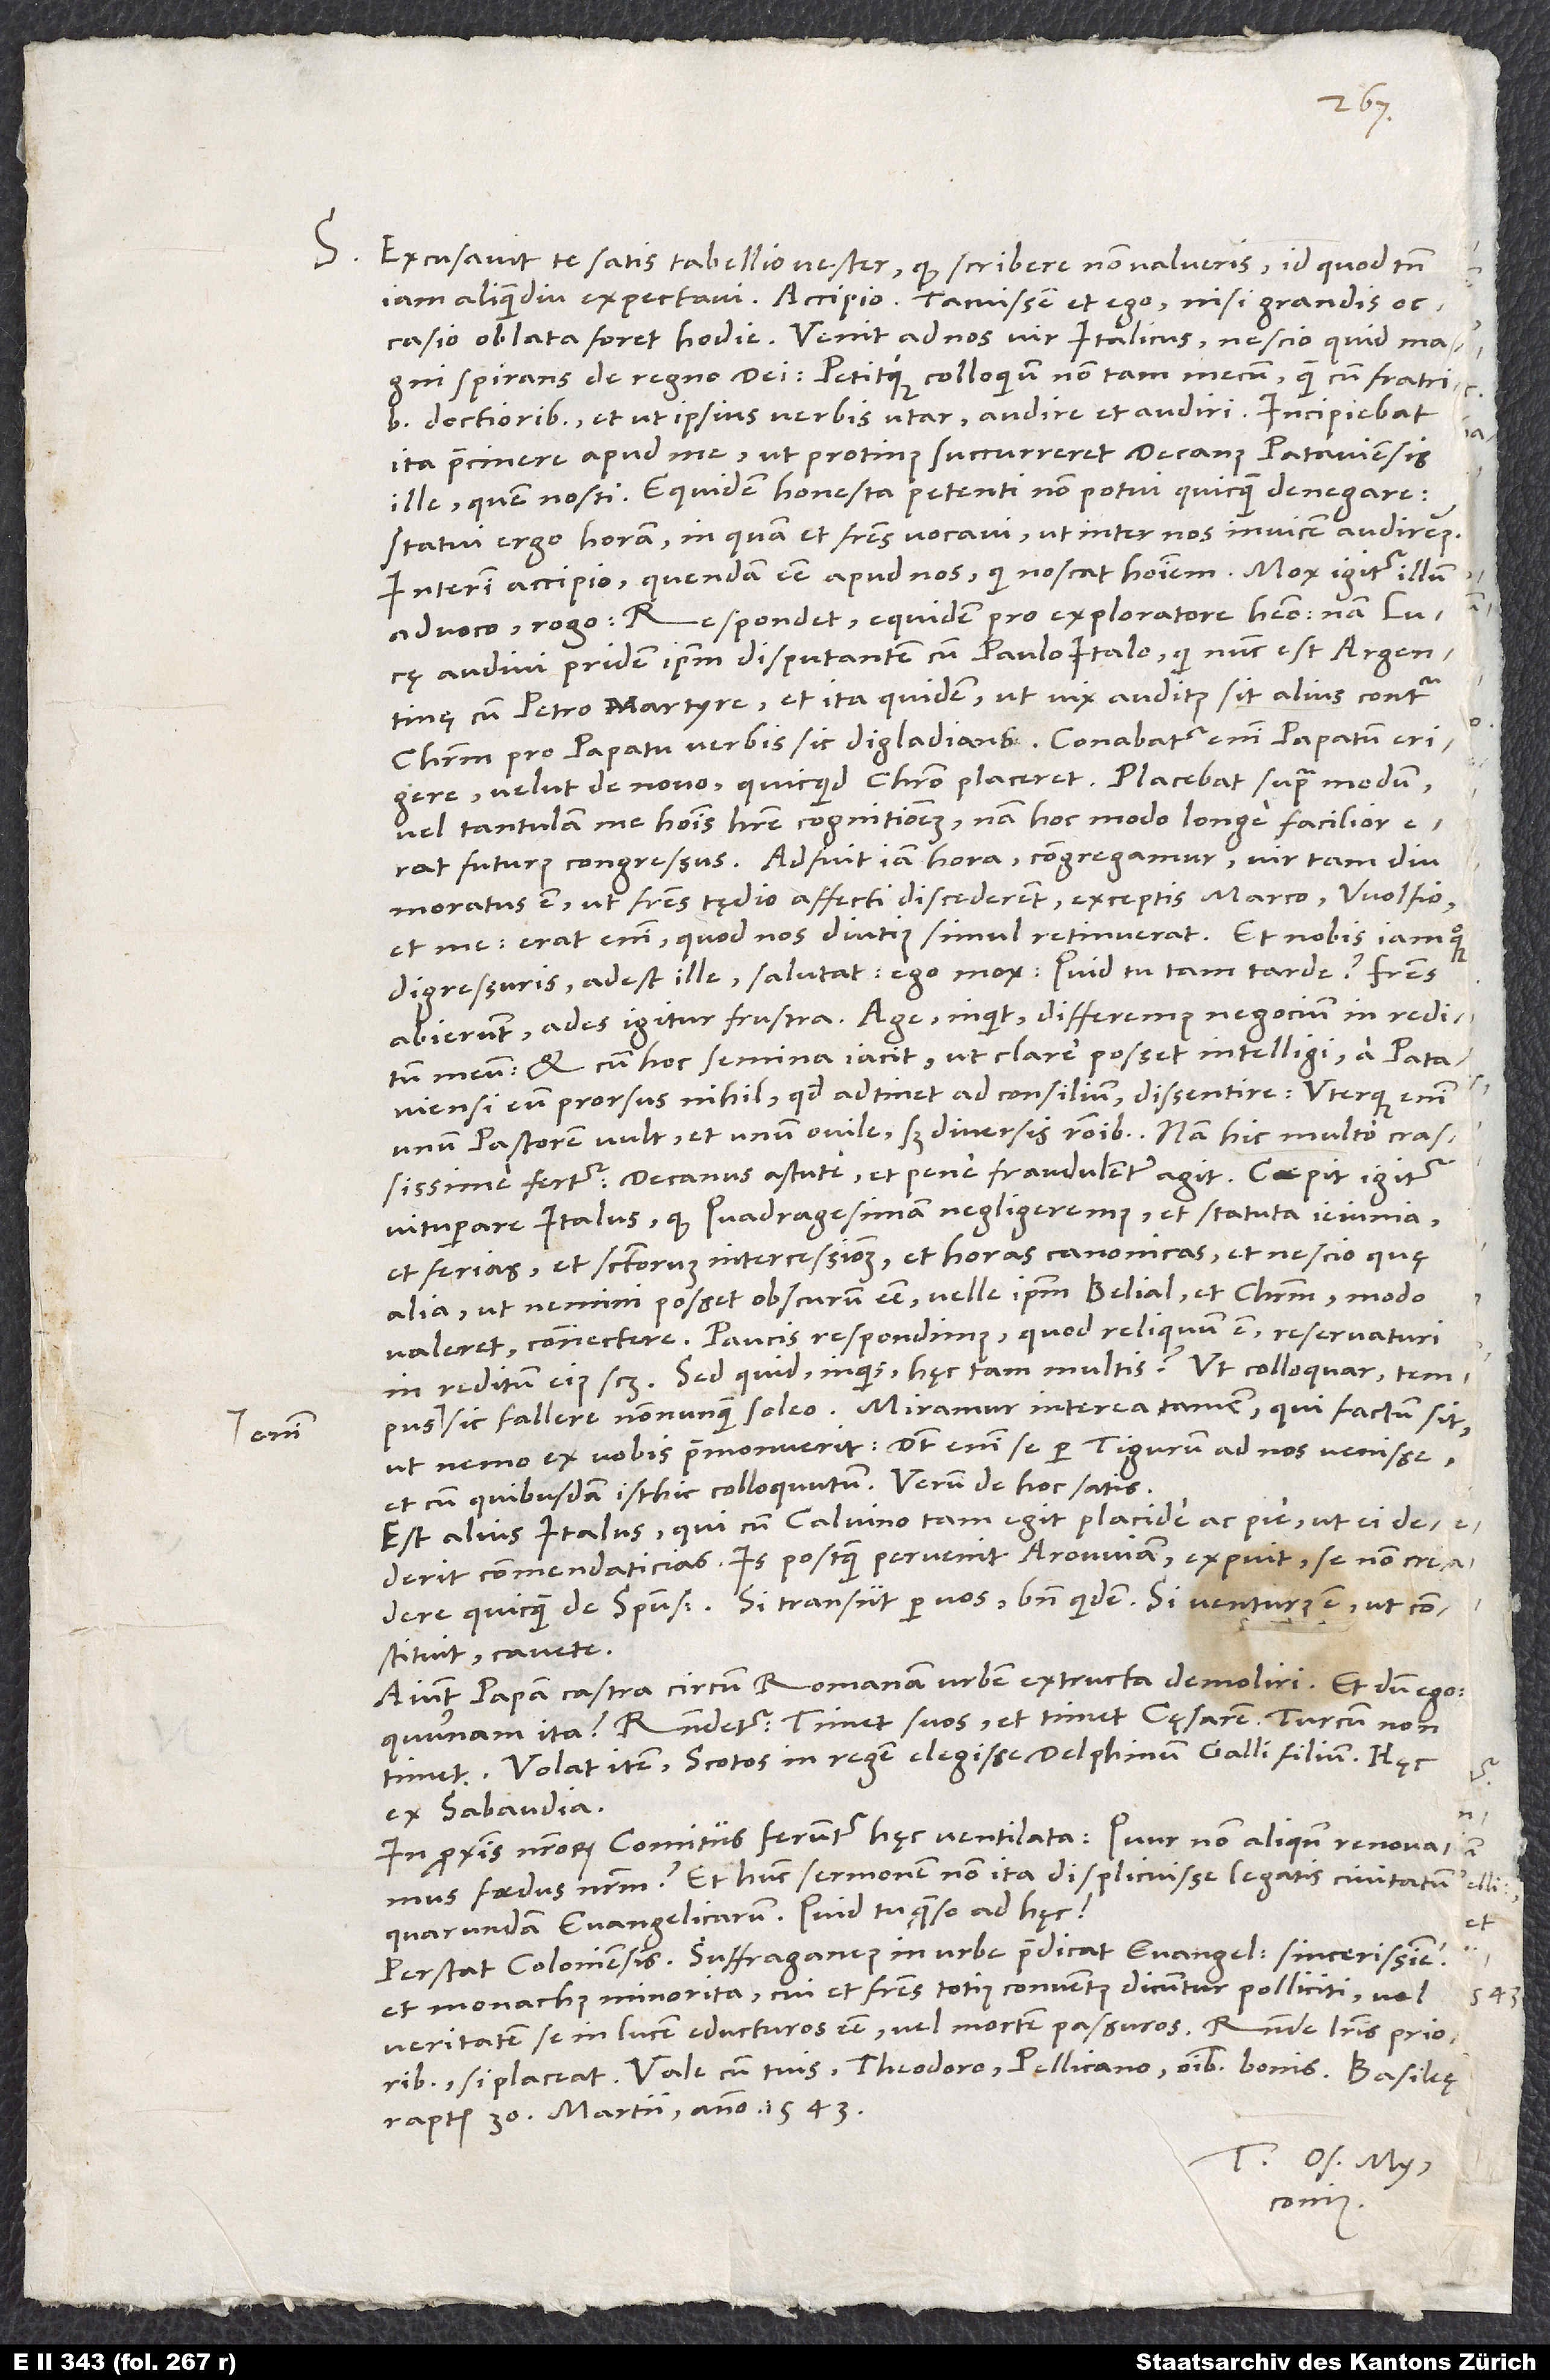
S. Excusavit te satis tabellio vester, quod scribere non valueris, id quod tamen
iam aliquamdiu expectavi. Accipio. Tacuissem et ego, nisi grandis
magni spirans de regno dei petitque colloquium non tam mecum quam cum fratribus
doctoribus et, ut ipsius verbis utar, audire et audiri. Incipiebat
ita praecinere apud me, ut protinus succurreret decanus Pataviensis
ille, quem nosti. Equidem honesta petenti non potui quicquam denegari;
statui ergo horam, in quam et fratres vocavi, ut inter nos invicem audiremus.
Interim accipio quendam esse apud nos, qui noscat hominem; mox igitur illum
advoco, rogo. Respondet: „Equidem pro exploratore habeo; nam Lucę
audivi pridem ipsum disputantem cum Paulo Italo, qui nunc est Argentinę
cum Petro Martyre, et ita quidem, ut vix auditus sit alius contra
Christum pro papatu verbis sic digladians. Conabatur enim papatum erigere
velut de novo, quicquid Christo placeret.“ Placebat supra modum
vel tantulam me hominis habere cognitionem; nam hoc modo longe facilior
futurus congressus. Adfuit iam hora. Congregamur; vir tam diu
moratus est, ut fratres tędio affecti discederent exceptis Marco, Wolfio
et me; erat enim, quod nos diutius simul retinuerat. Et nobis iam quoque
disgressuris adest ille, salutat. Ego mox: „Quid tu tam tarde? Fratres
abierunt, ades igitur frustra.“ „Age“, inquit, „differemus negocium in reditum
meum.“ Et cum hoc semina iacit, ut clare posset intelligi a Pataviensi
prorsus nihil, quod adtinet ad consilium, dissentire. Uterque enim
unum pastorem vult et unum ovile, sed diversis rationibus. Nam hic multo crassissime
fertur; decanus astute et pene fraudulenter agit. Coepit igitur
vituperare Italus, quod quadragesimam negligeremus et statuta ieiunia
et ferias et sanctorum intercessionem et horas canonicas et nescio quę
alia, ut nemini posset obscurum esse velle ipsum Belial et Christum, modo
valeret, connectere. Paucis respondimus, quod reliquum est, reservaturi
in reditum eius scilicet. „Sed quid“, inquis, „hęc tam multis?“ Ut colloquar; tempus
sic fallere nonnunquam soleo. Miramur interea tamen, qui factum sit,
ut nemo ex vobis praemonuerit; dicit enim se per Tigurum ad nos venisse
et cum quibusdam isthic colloquutum. Verum de hoc satis.
Est alius Italus, qui cum Calvino tam egit placide ac pie, ut ei dederit
commendaticias. Is postquam pervenit Arouviam, expuit se non credere
quicquam de spiritu sancto. Si transiit per vos, bene quidem; si venturus est, ut
constituit, cavete.
Aiunt papam castra circum Romanam urbem extructa demoliri, et dum ego:
„Quurnam ita?“, respondetur: „Timet suos et timet cęsarem; Turcum non
Volat item Scotos in regem elegisse delphinum, Galli filium. Hęc
ex Sabaudia.
In proximis nostrorum comitiis feruntur hęc ventilata: „Quur non aliquando renovamus
foedus nostrum?“ Et hunc sermonem non ita displicuisse legatis civitatum
quarundam evangelicarum. Quid tu, quęso, ad hęc?
Perstat Coloniensis. Suffraganeus in urbe praedicat evangelium sincerissime,
et monachus minorita, cui et fratres totius conventus dicuntur polliciti vel
si placeat. Vale cum tuis, Theodoro, Pellicano, omnibus bonis.
raptim, 30. martii anno 1543.